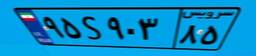
۷۶S۳۲۸۹۲